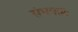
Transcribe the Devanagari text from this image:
संभवताः